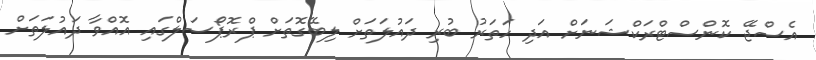
އެސްޖޭ ކޮންސްޓްރަކްޝަނަށް އަދި ހަތަރު ބުރި ދައުލަތަށް ލިބޭގޮތަށް ޕްރޮޕޯސަލްގައި އޮއްވާ ދައުލަތަށް